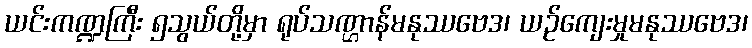
ယင်းကဏ္ဍကြီး ၅သွယ်တို့မှာ ရုပ်သဏ္ဌာန်မနုဿဗေဒ၊ ယဉ်ကျေးမှုမနုဿဗေဒ၊